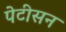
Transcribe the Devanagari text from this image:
पेटीसन